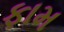
ફામ